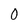
Character: 0